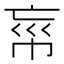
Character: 𢂪